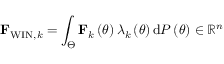
{ \bf F } _ { \mathrm { W I N } , k } = \int _ { \Theta } { \bf F } _ { k } \left( \theta \right) \lambda _ { k } \left( \theta \right) \mathrm { d } { \cal P } \left( \theta \right) \in \mathbb { R } ^ { n }